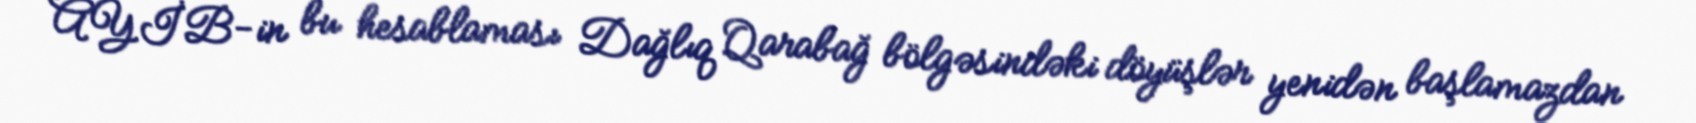
AYİB-in bu hesablaması Dağlıq Qarabağ bölgəsindəki döyüşlər yenidən başlamazdan